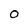
Character: 0